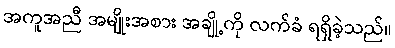
အကူအညီ အမျိုးအစား အချို့ကို လက်ခံ ရရှိခဲ့သည်။